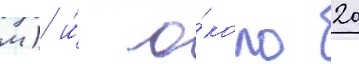
м) и́ о́коло 20